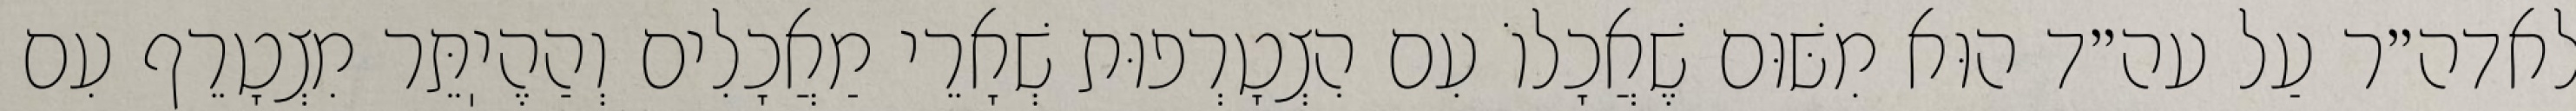
לאדה״ר עַל עה״ד הוּא מִשּׁוּם שֶׁאֲכָלוֹ עִם הִצְטָרְפוּת שְׁאָרֵי מַאֲכָלִים וְהַהֶיֽתֵּר מִצְטָרֵף עִם